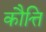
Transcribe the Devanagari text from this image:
कौत्ति